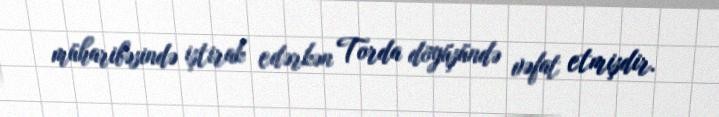
müharibəsində iştirak edərkən Torda döyüşündə vəfat etmişdir.